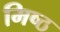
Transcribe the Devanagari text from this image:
मिष्ठ